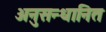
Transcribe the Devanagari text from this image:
अनुसन्‍धानित